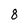
Character: 8